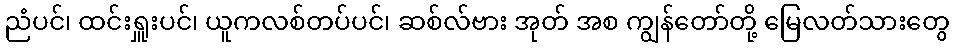
ညံပင်၊ ထင်းရှူးပင်၊ ယူကလစ်တပ်ပင်၊ ဆစ်လ်ဗား အုတ် အစ ကျွန်တော်တို့ မြေလတ်သားတွေ